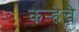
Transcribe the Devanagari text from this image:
कर्‍हेचे